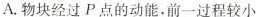
A.物块经过P点的动能。前一过程较小